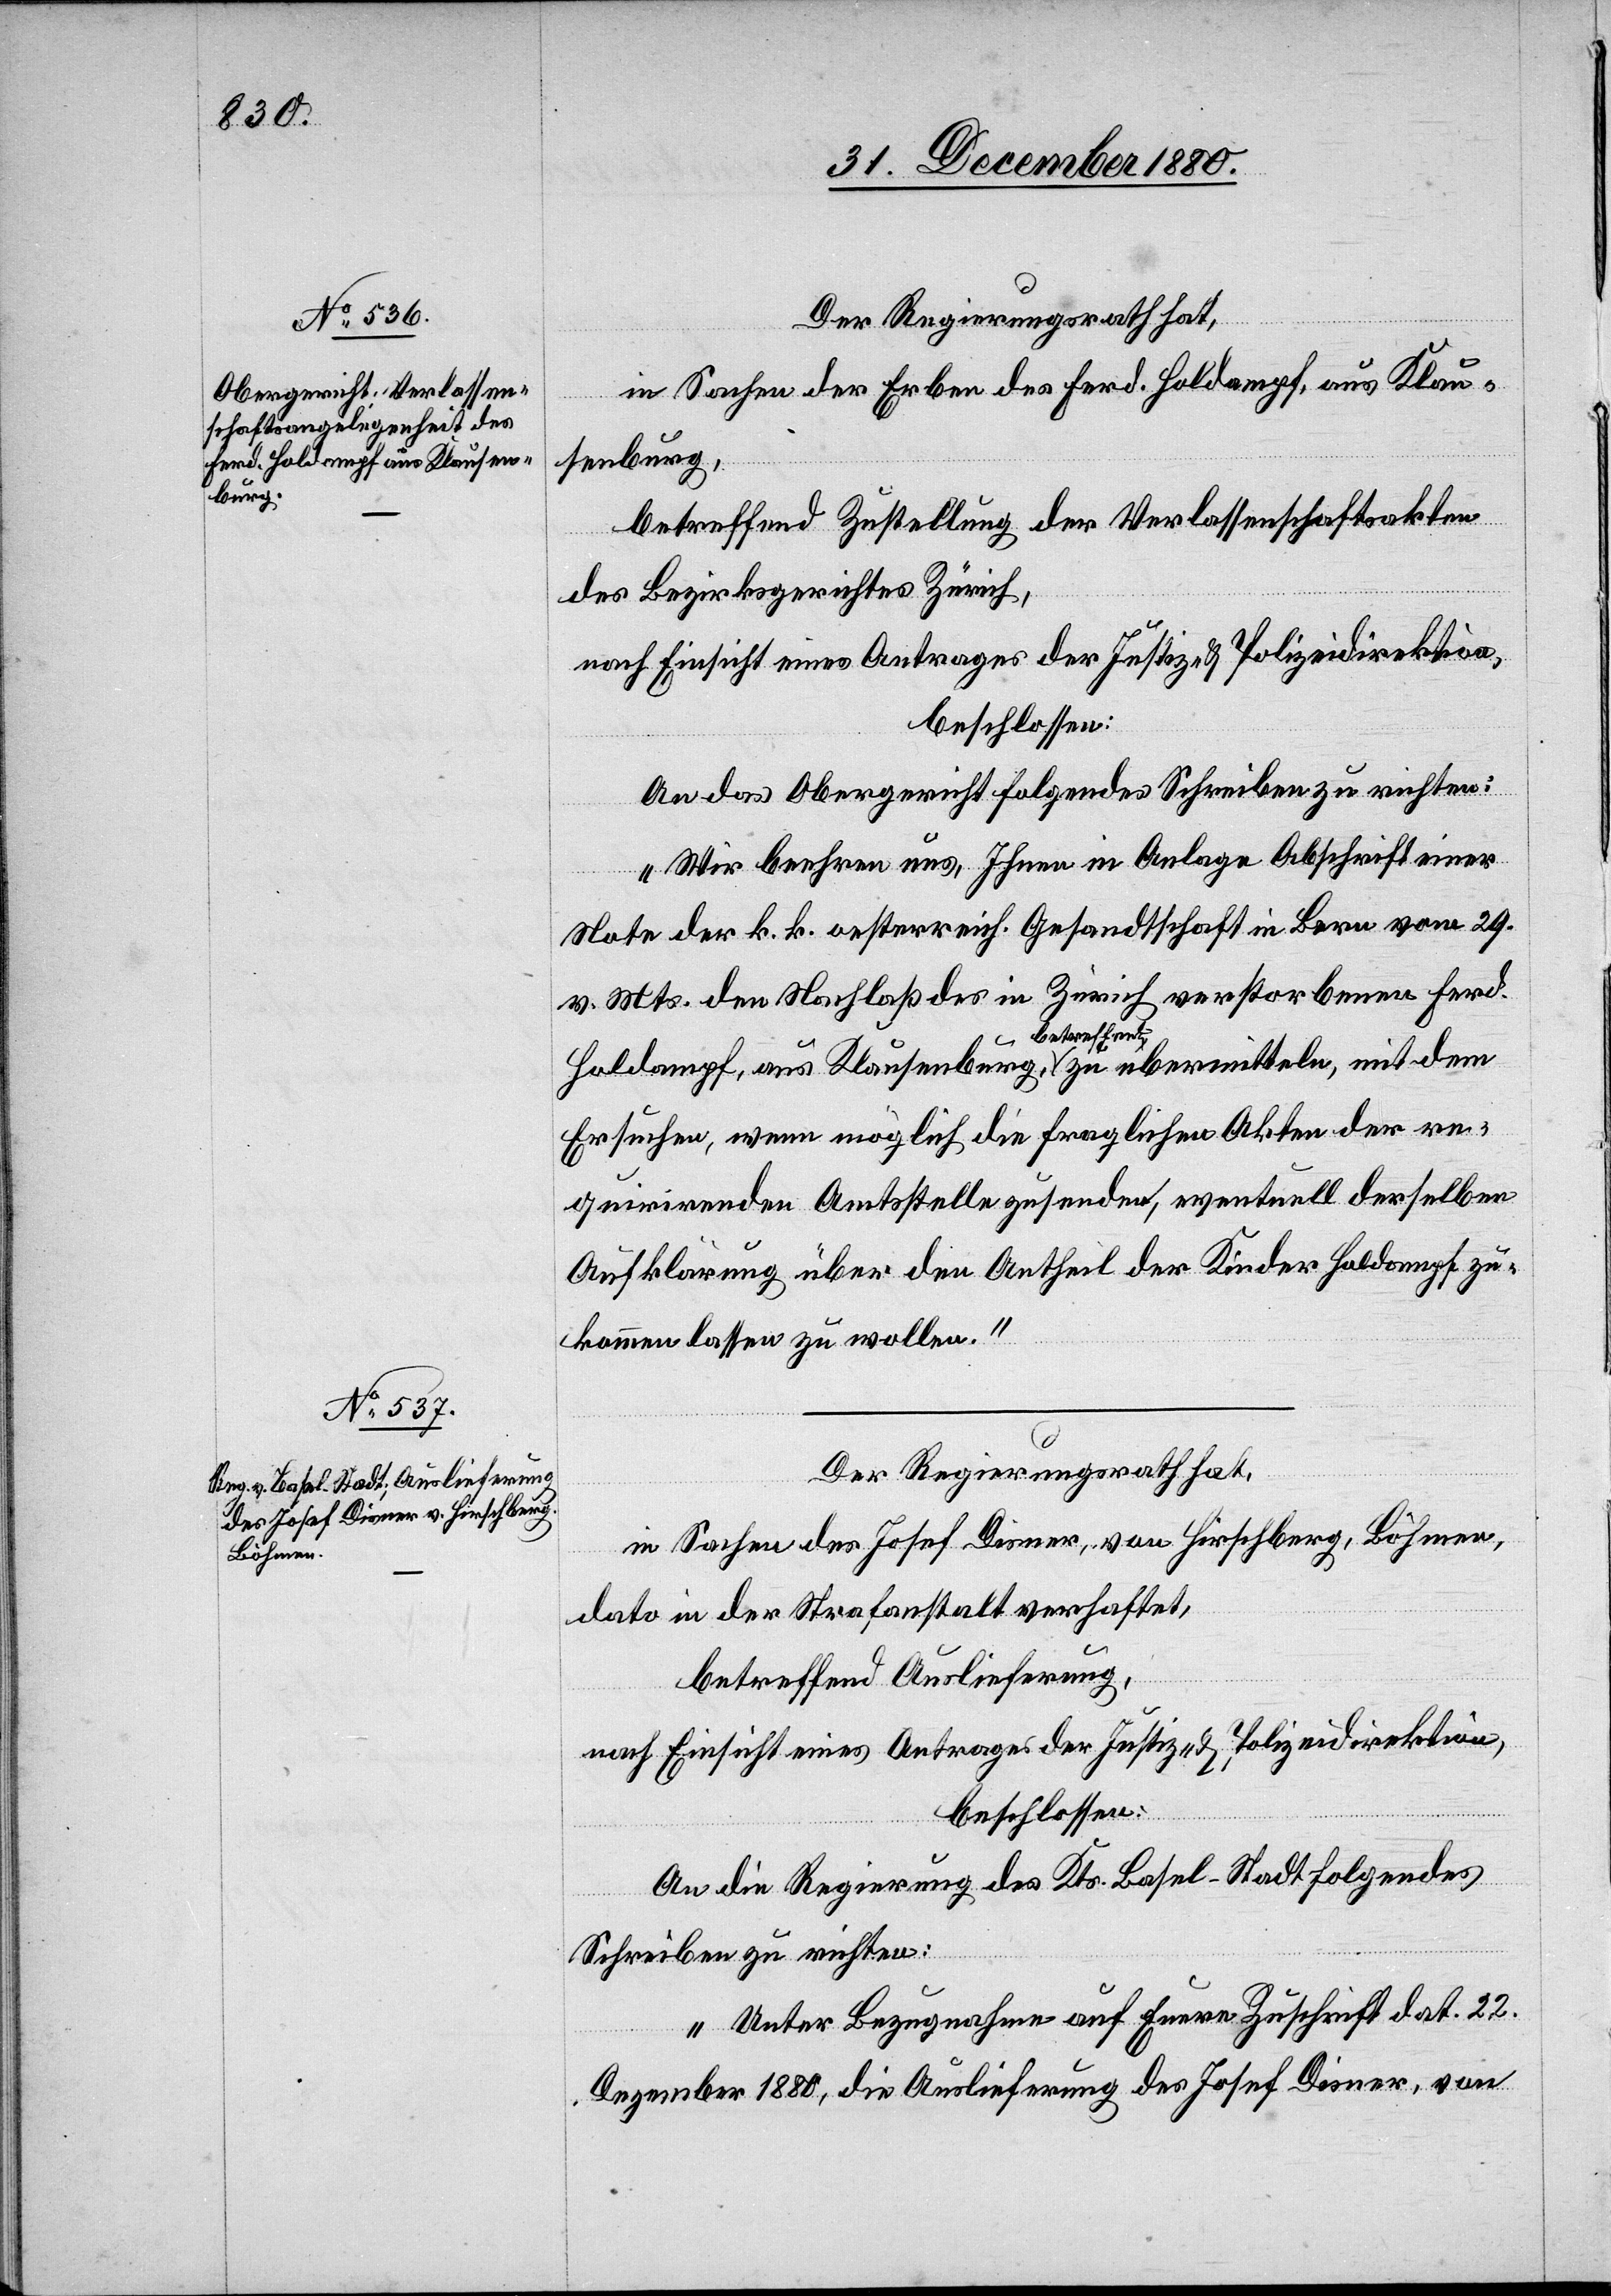
1880.
Januar

Der Regierungsrath hat,
7.
in Sachen des Josef Diener, von Hirschberg, Böhmen,
dato in der Strafanstalt verhaftet,
betreffend Auslieferung,
nach Einsicht eines Antrages der Justiz- & Polizeidirektion,
beschlossen:
An die Regierung des Kts. Basel-Stadt folgendes
Schreiben zu richten:
„Unter Bezugnahme auf Euere Zuschrift dat. 22.
Dezember 1880, die Auslieferung des Josef Diener, von